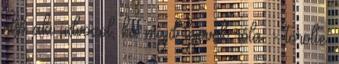
első aki üdvözöl, ha majd lejövök róla. - törölte